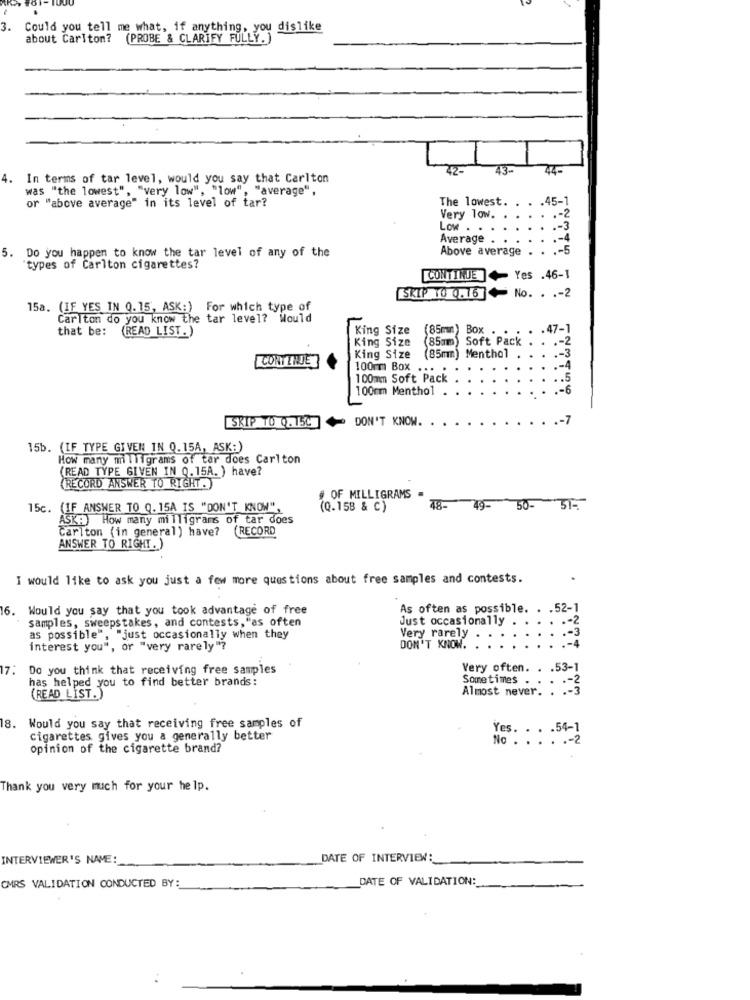
3.
Could you tell me what, if anything, you dislike
about Carlton?
(PROBE & CLARIFY FULLY.
43-
44-
4. In terms of tar level, would you say that Carlton
was "the lowest", "very low", "low", "average",
or "above average" in its level of tar?
The lowest. . . . 45-1
Very low.
.
.
.- 2
Low .
.
.- 3
Average .
. .
.- 4
5. Do you happen to know the tar level of any of the
Above average
-5
"types of Carlton cigarettes?
CONTINUE + Yes .46-1
SKIP 10 0.16 + No. . .- 2
15a. (IF YES IN 0.15, ASK:) For which type of
Carlton do you know the tar level? Would
that be:
(READ LIST.)
King Size
(85mm) Box . .
.47-1
King Size
(85mm) Soft Pack
.- 2
CONTINUE
King Size
(85mm) Menthol
.- 3
100mm Box ....
.- 4
1 00mm Soft Pack
.. 5
100mm Menthol
- 6
SKIP TO 0.15C + DON'T KNOW.
.- 7
15b. (IF TYPE GIVEN IN 0.15A, ASK:)
How many milligrams of tar does Carlton
(READ TYPE GIVEN IN Q.15A. ) have?
(RECORD ANSWER TO RIGHT.)
# OF MILLIGRAMS
15c. (IF ANSWER TO Q. 15A IS "DON'T KNOW",
(Q.158 & C)
48-
49-
50- 51-
ASK: How many milligrams of tar does
Carlton (in general) have?
(RECORD
ANSWER TO RIGHT.)
I would like to ask you just a few more questions about free samples and contests.
16.
Would you say that you took advantage of free
As often as possible. . . 52-1
samples, sweepstakes, and contests, "as often
Just occasionally .
Very rarely
as possible", "just occasionally when they
interest you", or "very rarely"?
DON'T KNOW.
17:
Do you think that receiving free samples
Very often. . . 53-1
has helped you to find better brands:
Sometimes . .
Almost never. : :- §
(READ LIST.)
8. Would you say that receiving free samples of
Yes. . . . 54-1
cigarettes gives you a generally better
No .
: :.- 2
opinion of the cigarette brand?
Thank you very much for your help.
INTERVIEWER'S NAME :_
DATE OF INTERVIEW :_
DATE OF VALIDATION:
CMRS VALIDATION CONDUCTED BY: